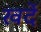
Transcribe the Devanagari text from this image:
खर्दे